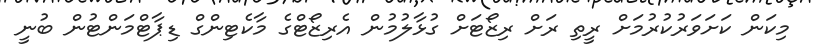
މިކަން ކަށަވަރުކުރުމަށް ރީތި ރަށް ރިޒޯޓަށް ގުޅާލުމުން އެރިޒޯޓްގެ މާކެޓިންގް ޑިޕާޓްމަންޓުން ބުނީ